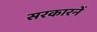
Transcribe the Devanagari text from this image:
सरकारनें